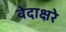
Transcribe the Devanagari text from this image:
वेदाक्षरे